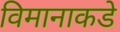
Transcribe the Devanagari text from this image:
विमानाकडे